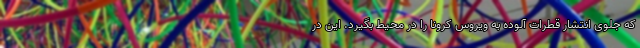
که جلوی انتشار قطرات آلوده به ویروس کرونا را در محیط بگیرد. این در